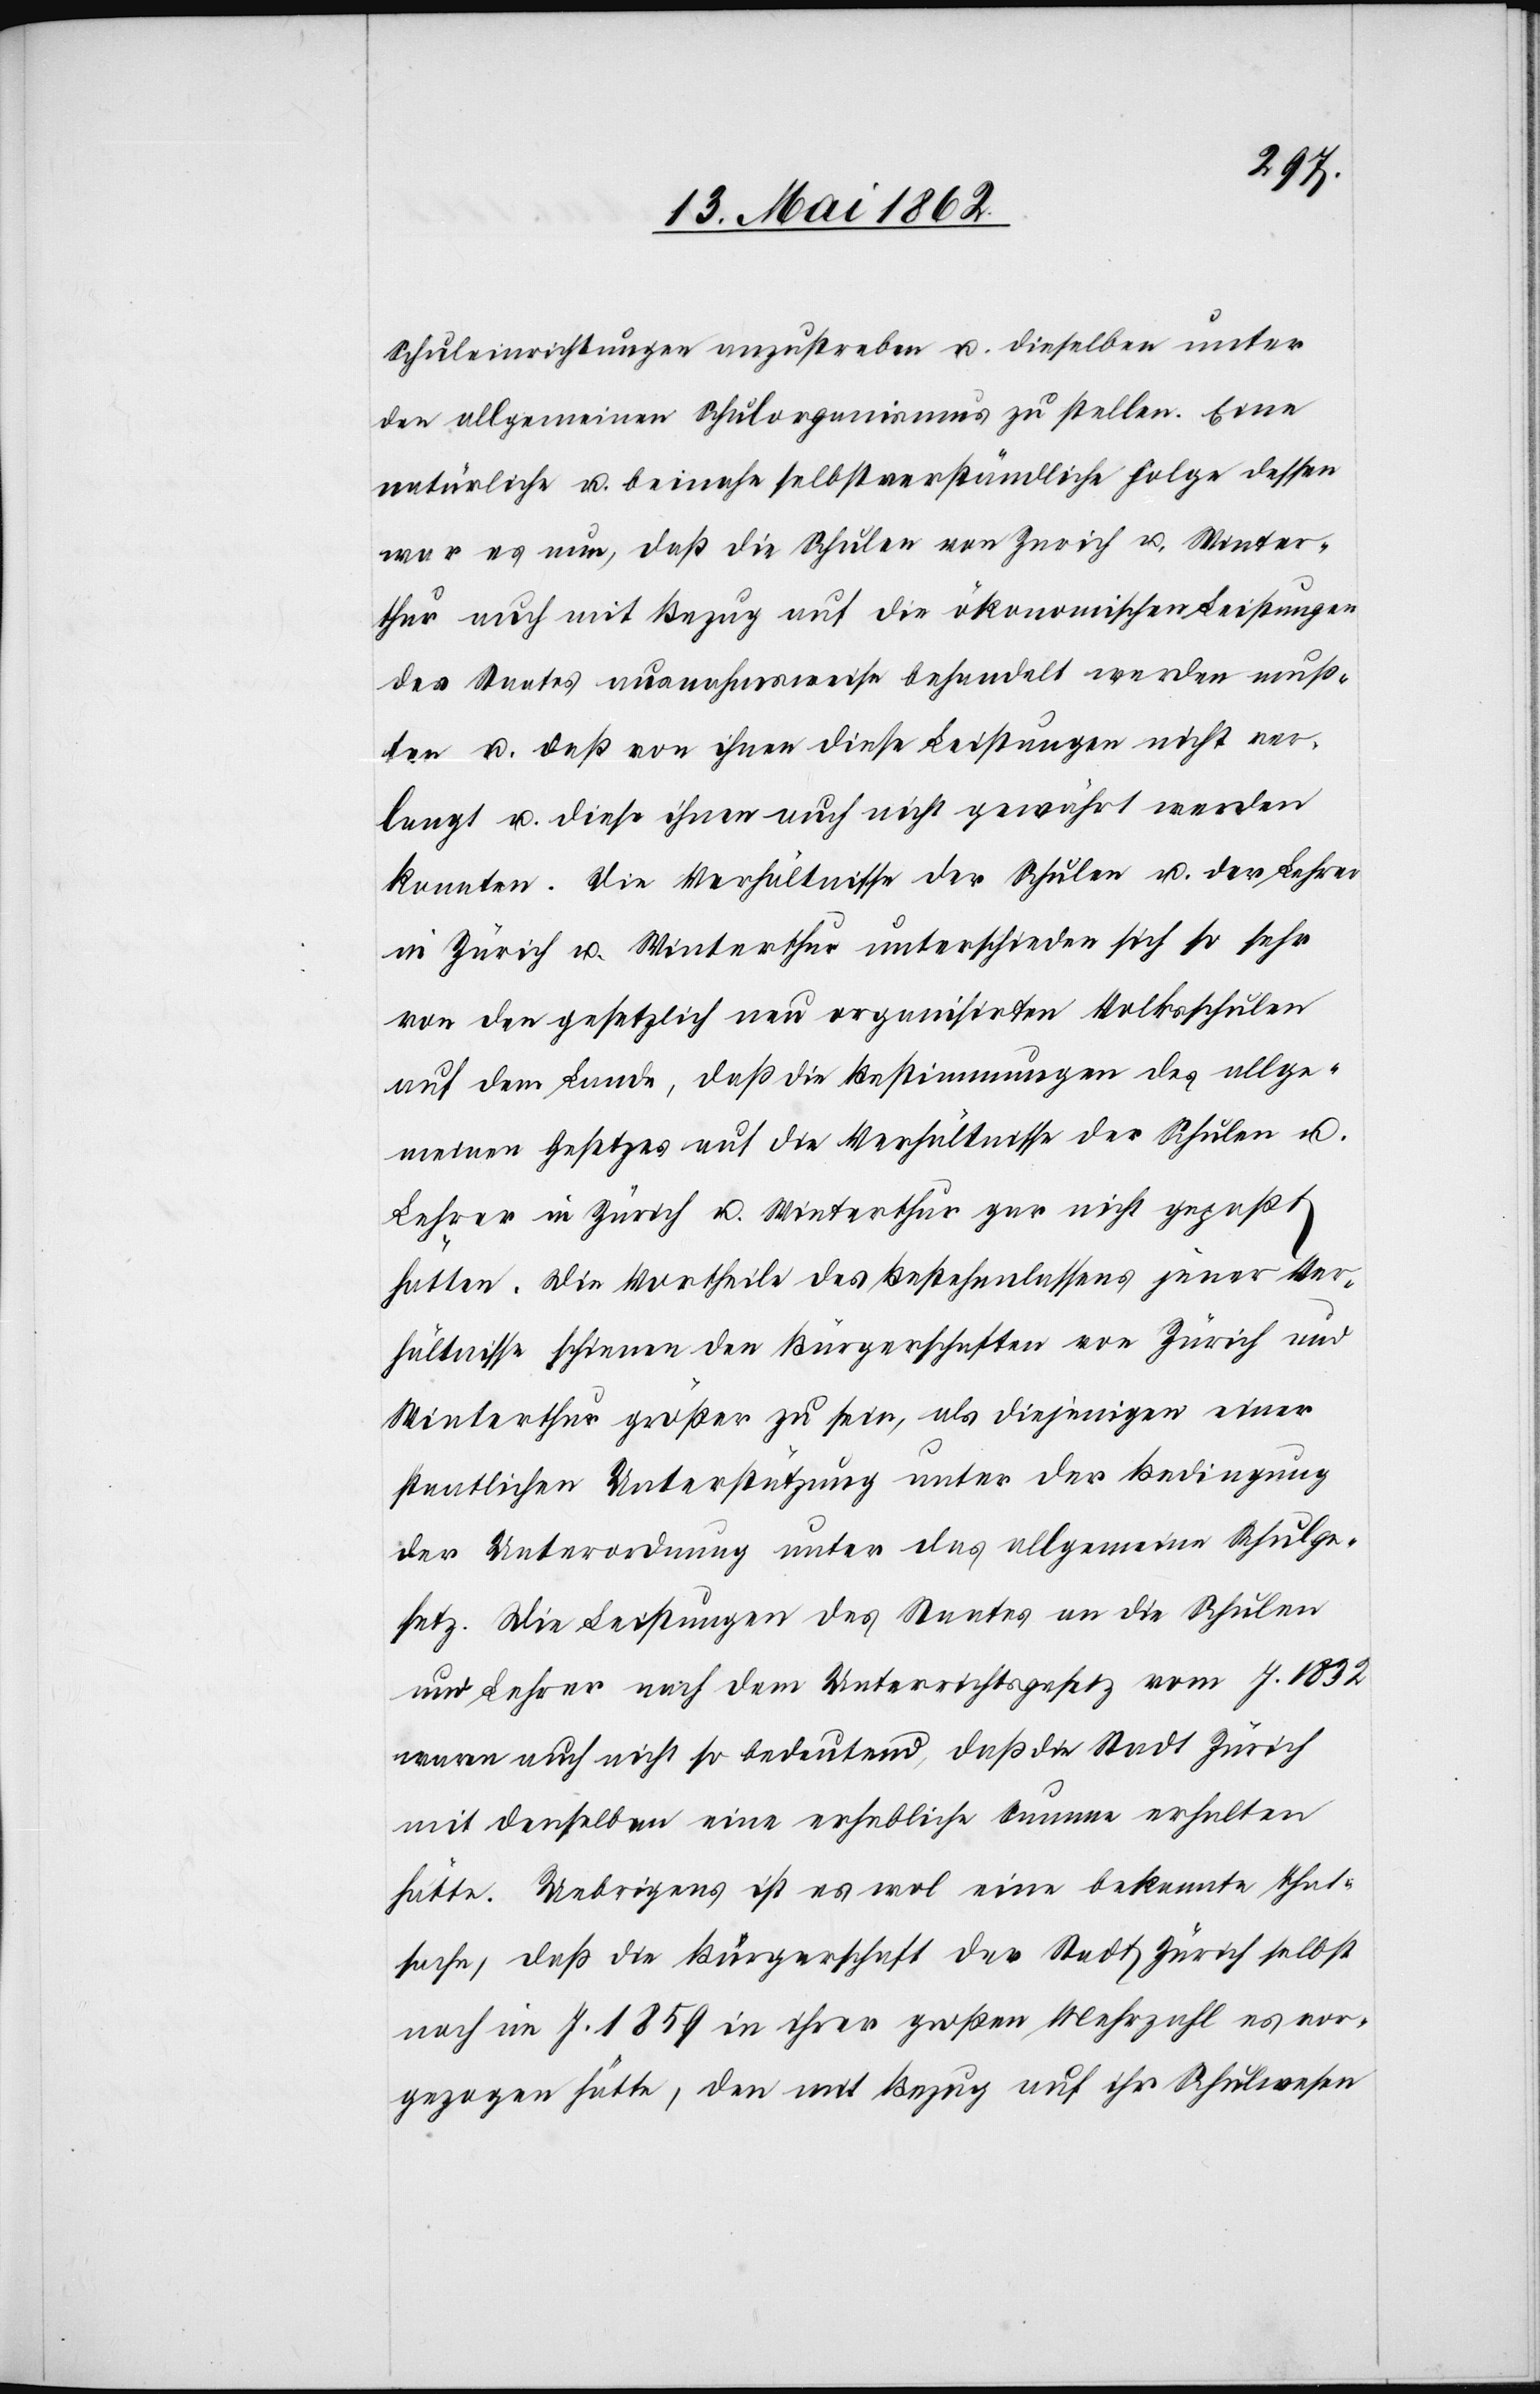
Schuleinrichtungen anzustreben u. dieselben unter
den allgemeinen Schülerorganismus zu stellen. Eine
natürliche u. beinahe selbstverständliche Folge dessen
war es nun, daß die Schulen von Zürich u. Winter¬
thur auch mit Bezug auf die ökonomischen Leistungen
des Staates ausnahmsweise behandelt werden muß¬
ten u. daß von ihnen diese Leistungen nicht ver¬
langt u. diese ihnen auch nicht gewährt werden
konnten. Die Verhältnisse der Schulen u. der Lehrer
in Zürich u. Winterthur unterschieden sich so sehr
von den gesetzlich neu organisirten Volksschulen
auf dem Lande, daß die Bestimmungen des allge¬
meinen Gesetzes auf die Verhältnisse der Schulen u.
Lehrer in Zürich u. Winterthur gar nicht gepaßt
hätten. Die Vortheile des Bestehenlassens jener Ver¬
hältnisse schienen den Bürgerschaften von Zürich und
Winterthur größer zu sein, als diejenigen einer
staatlichen Unterstützung unter der Bedingung
der Unterordnung unter das allgemeine Schulge¬
setz. Die Leistungen des Staates an die Schulen
und Lehrer nach dem Unterrichtsgesetz vom J. 1832
waren auch nicht so bedeutend, daß die Stadt Zürich
mit denselben eine erhebliche Summe erhalten
hätte. Uebrigens ist es wol eine bekannte Thats¬
ache, daß die Bürgerschaft der Stadt Zürich selbst
noch im J. 1859 in ihrer großen Mehrzahl es vor¬
gezogen hätte, den mit Bezug auf ihr Schulwesen